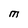
Character: M